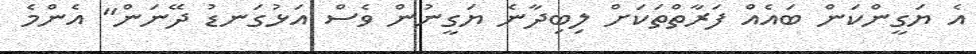
އެ ޔަގީންކަން ބައެއް ފަރާތްތަކަށް ލިބިދާނެ ޔަގީނުން ވެސް އަޅުގަނޑު ދޭނަން" އެންމެ